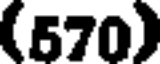
(570)